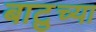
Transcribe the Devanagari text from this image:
बाटुच्या